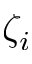
\zeta _ { i }